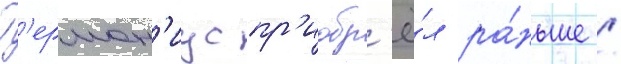
Г'ермон'иус пр'иобр'ё́л ра́ньше /